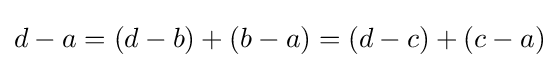
d-a=(d-b)+(b-a)=(d-c)+(c-a)